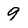
Character: 9